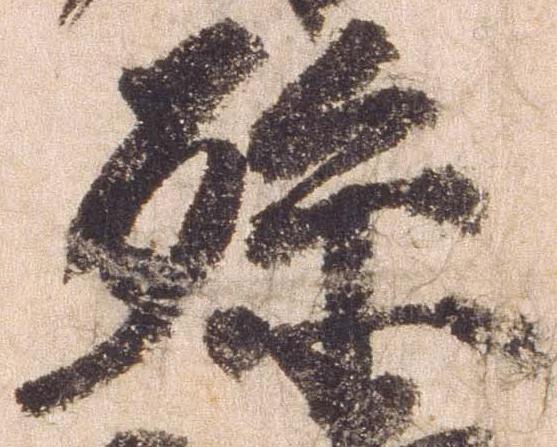
孫